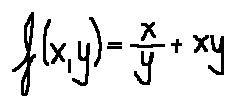
f ( x , y ) = \frac { x } { y } + x y